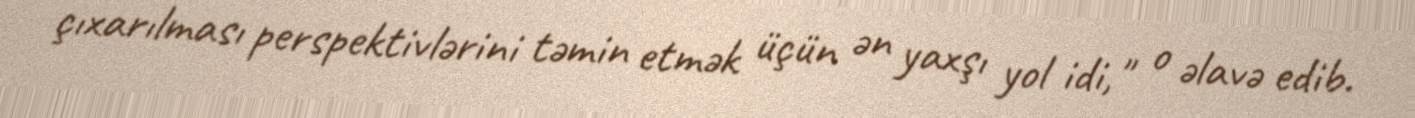
çıxarılması perspektivlərini təmin etmək üçün ən yaxşı yol idi," o əlavə edib.